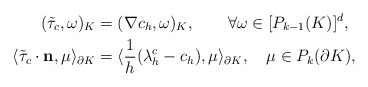
\begin{align*}\begin{aligned}(\tilde{\tau}_c,\omega)_K&=(\nabla c_h,\omega)_K,\quad\quad\forall \omega\in[P_{k-1}(K)]^d,\\\langle\tilde{\tau}_c\cdot\mathbf{n},\mu\rangle_{\partial K}&=\langle\frac{1}{h}(\lambda^{c}_h-c_h),\mu\rangle_{\partial K},\quad\mu\in P_k(\partial K),\end{aligned}\end{align*}